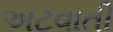
અટવાતી